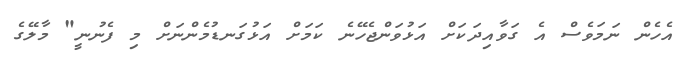
އެހެން ނަމަވެސް އެ ގަވާއިދަކަށް އަޅުވަންޖެހޭނެ ކަމަށް އަޅުގަނޑުމެންނަށް މި ފެނުނީ" މާލޭގެ